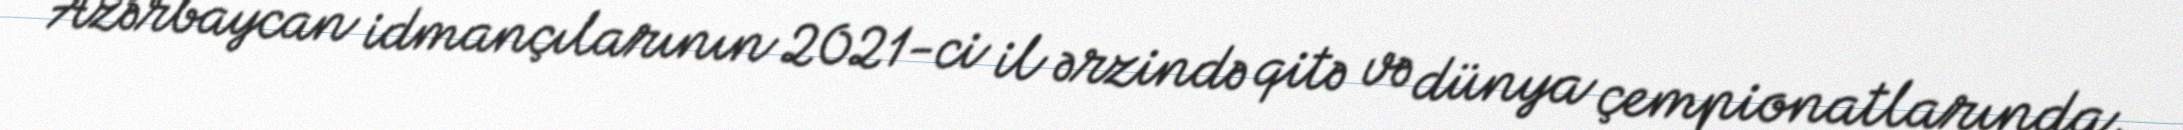
Azərbaycan idmançılarının 2021-ci il ərzində qitə və dünya çempionatlarında,